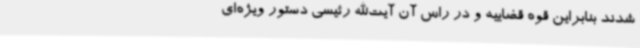
شدند بنابراین قوه قضاییه و در راس آن آیت‌الله رئیسی دستور ویژه‌ای